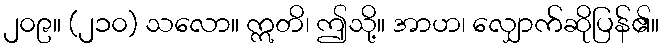
၂၀၉။ (၂၁၀) သလော။ ဣတိ၊ ဤသို့။ အာဟ၊ လျှောက်ဆိုပြန်၏။